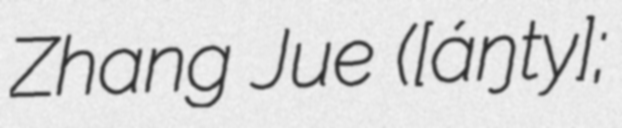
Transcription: Zhang Jue ([ʈʂáŋtɕyɤ̌];